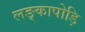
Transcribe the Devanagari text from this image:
लङ्कापोड़ि